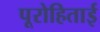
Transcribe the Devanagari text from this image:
पूरोहिताई